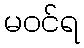
မဝင်ရ